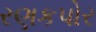
રણકપોર